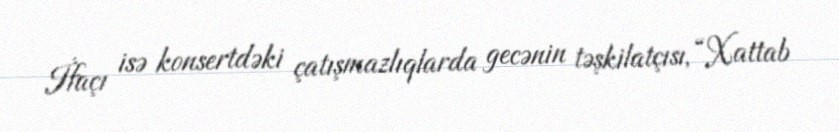
İfaçı isə konsertdəki çatışmazlıqlarda gecənin təşkilatçısı, “Xattab